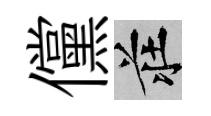
儻莊